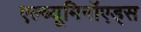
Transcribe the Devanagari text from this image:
एल्ब्यूमिनॉएड्स